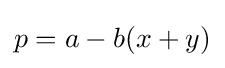
p=a-b(x+y)